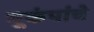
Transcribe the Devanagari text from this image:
भूकंपांचे